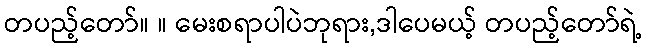
တပည့်တော်။ ။ မေးစရာပါပဲဘုရား,ဒါပေမယ့် တပည့်တော်ရဲ့